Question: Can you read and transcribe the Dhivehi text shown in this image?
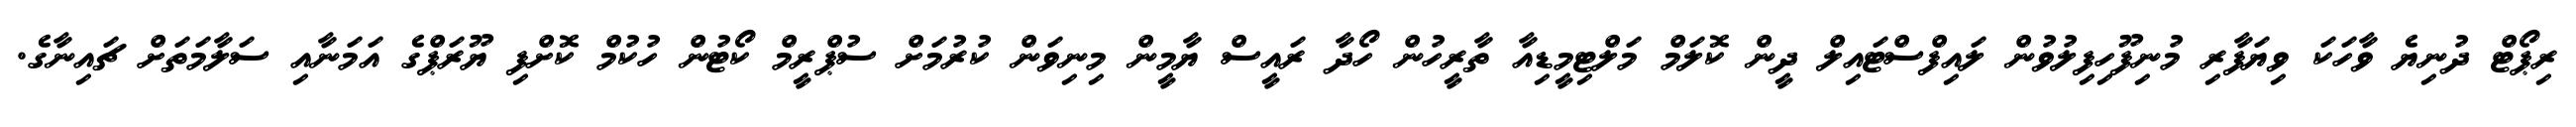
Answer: ރިޕޯޓް ދުނިޔެ ވާހަކަ ވިޔަފާރި މުނިފޫހިފިލުވުން ލައިފްސްޓައިލް ދީން ކޮލަމް މަލްޓިމީޑިއާ ތާރީހުން ހޯދާ ރައީސް ޔާމީން މިނިވަން ކުރުމަށް ސުޕްރީމް ކޯޓުން ހުކުމް ކޮށްފި ޔޫރަޕްގެ އަމަނާއި ސަލާމަތަށް ޗައިނާގެ.